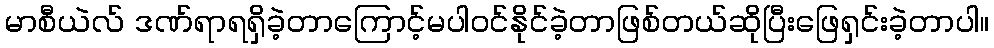
မာစီယဲလ် ဒဏ်ရာရရှိခဲ့တာကြောင့်မပါဝင်နိုင်ခဲ့တာဖြစ်တယ်ဆိုပြီးဖြေရှင်းခဲ့တာပါ။